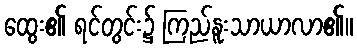
ထွေး၏ ရင်တွင်း၌ ကြည်နူးသာယာလာ၏။